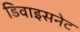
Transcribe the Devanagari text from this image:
डिवाइसनेट